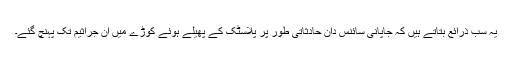
یہ سب ذرائع بتاتے ہیں کہ جاپانی سائنس دان حادثاتی طور پر پلاسٹک کے پھیلے ہوئے کوڑے میں ان جراثیم تک پہنچ گئے۔